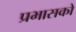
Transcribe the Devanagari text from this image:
प्रभासको